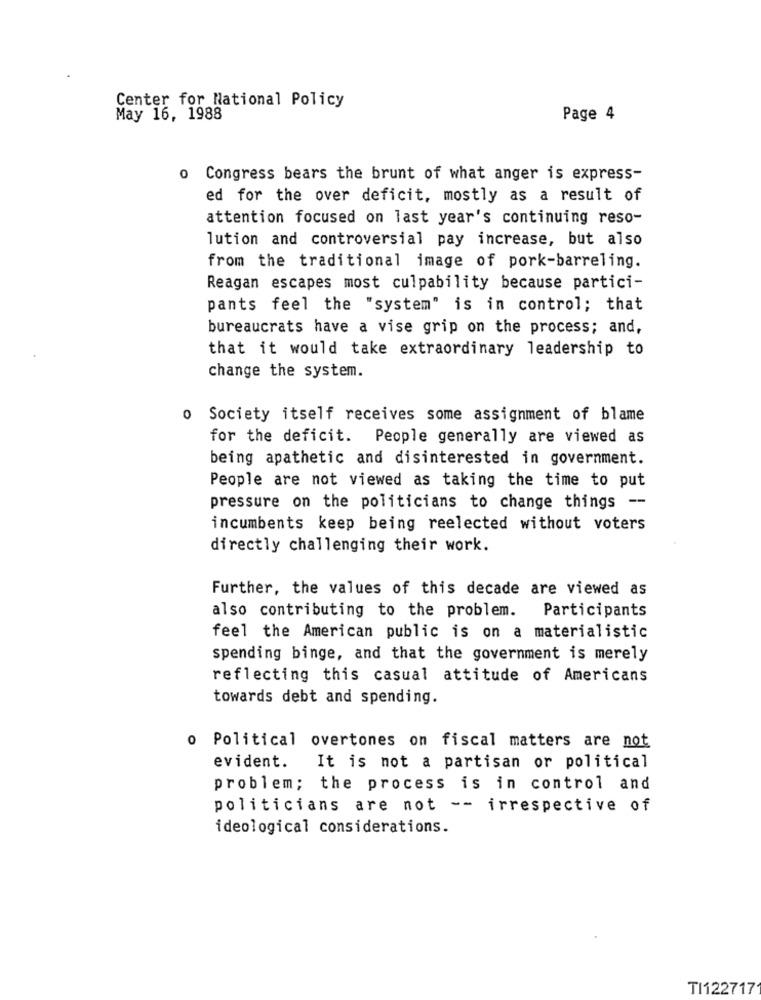
Center for National Policy
May 16, 1988
Page 4
o Congress bears the brunt of what anger is express-
ed for the over deficit, mostly as a result of
attention focused on last year's continuing reso-
lution and controversial pay increase, but also
from the traditional image of pork-barreling.
Reagan escapes most culpability because partici-
pants feel the "system" is in control; that
bureaucrats have a vise grip on the process; and,
that it would take extraordinary leadership to
change the system.
0
Society itself receives some assignment of blame
for the deficit. People generally are viewed as
being apathetic and disinterested in government.
People are not viewed as taking the time to put
pressure on the politicians to change things --
incumbents keep being reelected without voters
directly challenging their work.
Further, the values of this decade are viewed as
also contributing to the problem. Participants
feel the American public is on a materialistic
spending binge, and that the government is merely
reflecting this casual attitude of Americans
towards debt and spending.
o Political overtones on fiscal matters are not
evident.
It is not a partisan or political
problem; the process is in control and
politicians are not -- irrespective of
ideological considerations.
TI122717